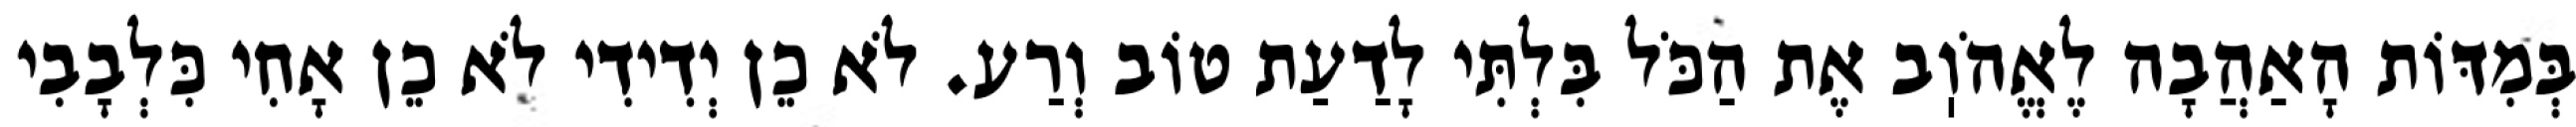
בְּמִדּוֹת הָאַהֲבָה לֶאֱהֹוֽב אֶת הַכֹּל בִּלְתִּי לָדַעַת טוֹב וְרַע. לֹא כֵן יְדִידִי לֹא כֵן אָחִי כִּלְבָבִי